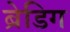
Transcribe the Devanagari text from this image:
ब्रेडिग